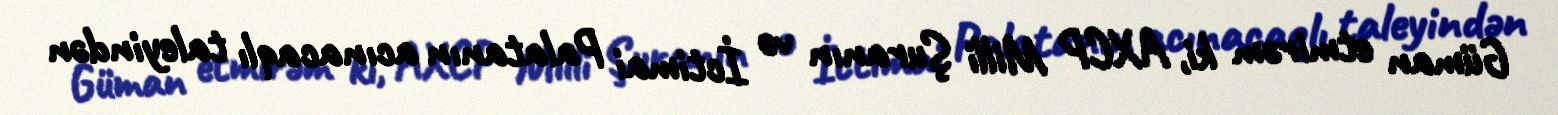
Güman etmirəm ki, AXCP Milli Şuranın və İctimai Palatanın acınacaqlı taleyindən